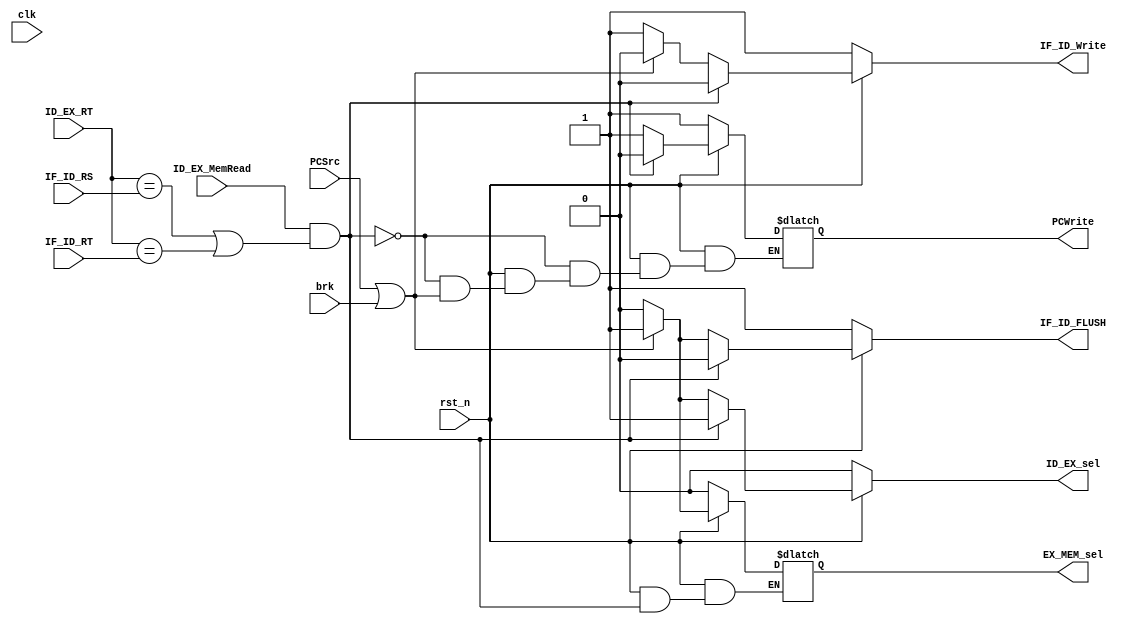
`timescale 1ns / 1ps
//////////////////////////////////////////////////////////////////////////////////
// Company: 
// Engineer: 
// 
// Design Name: 
// Module Name:    bubble 
// Project Name: 
// Target Devices: 
// Tool versions: 
// Description: 
//
// Dependencies: 
//
// Revision: 
// Revision 0.01 - File Created
// Additional Comments: 
//
//////////////////////////////////////////////////////////////////////////////////
module bubble(
	 input clk,
	 input rst_n,
	 input [4:0] IF_ID_RS,
	 input [4:0] IF_ID_RT,
	 input [4:0] ID_EX_RT,
	 input ID_EX_MemRead,
	 input PCSrc,
	 input brk,
	 
	 output reg PCWrite,
	 output reg IF_ID_Write,
	 output reg ID_EX_sel,
	 output reg IF_ID_FLUSH,
	 output reg EX_MEM_sel
    );

//bubble
//lw + /beqRS/rt
//lw + sw/beq baseR
//1~2bubble
//sel
//write
//flush




always@(*)
begin	//lw
if(~rst_n)
begin
	PCWrite=1;
	ID_EX_sel=0;
	EX_MEM_sel=0;
	IF_ID_Write=1;
	IF_ID_FLUSH=1;		//rst_n
end
	else
	begin
		if((ID_EX_MemRead==1)&&
			(ID_EX_RT==IF_ID_RS ||ID_EX_RT==IF_ID_RT))
		begin
			PCWrite=0;
			ID_EX_sel=1;
			IF_ID_Write=0;
			IF_ID_FLUSH=0;
		end
		
		else if(PCSrc==1 || brk==1)
		begin
			IF_ID_FLUSH=1;
			EX_MEM_sel=1;
			ID_EX_sel=1;
			IF_ID_Write=0;
		end
		else
		begin
			PCWrite=1;
			ID_EX_sel=0;
			EX_MEM_sel=0;
			IF_ID_Write=1;
			IF_ID_FLUSH=0;
		end
	end
end
endmodule